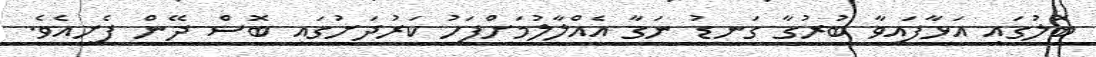
ބޮލުގައި އަޅާފައިވާ ބުރުގާ ގަނޑު ނަގާ އެއްލާލުމަށްފަހު ކަރުދަށުގައި ބޮސް ދޭން ފެށިއެވެ.